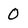
Character: 0